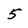
Character: 5